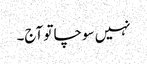
نہیں سوچا تو آج۔